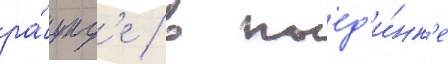
ра́унд'е / в поед'и́нк'е